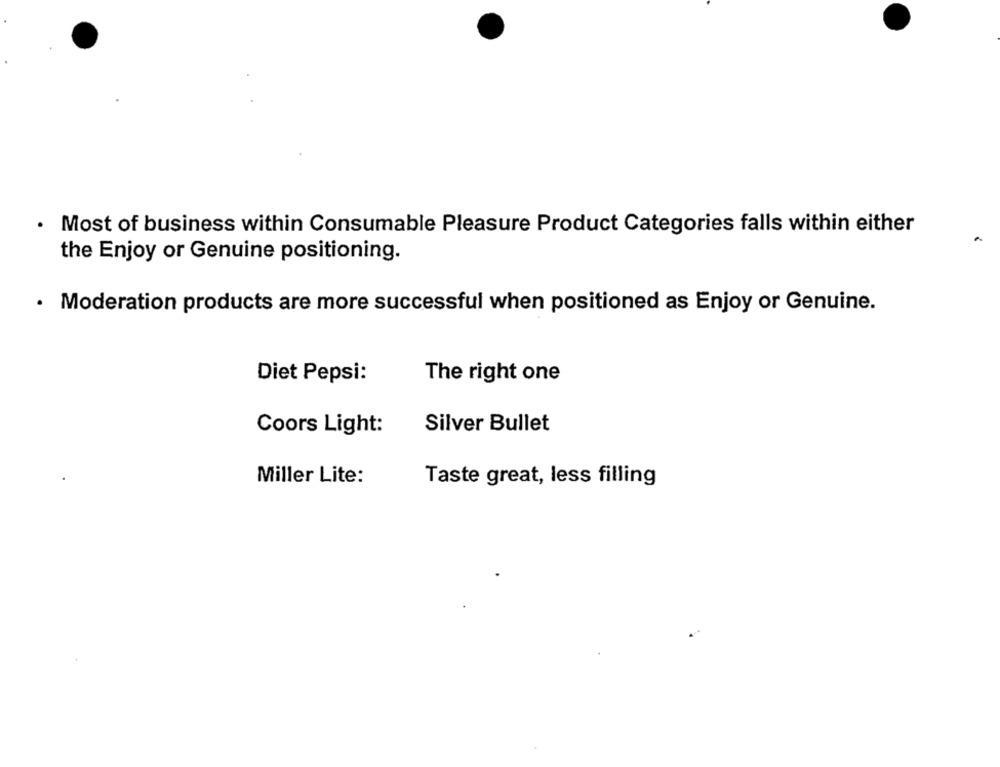
Most of business within Consumable Pleasure Product Categories falls within either
the Enjoy or Genuine positioning.
· Moderation products are more successful when positioned as Enjoy or Genuine.
Diet Pepsi:
The right one
Coors Light:
Silver Bullet
Miller Lite:
Taste great, less filling